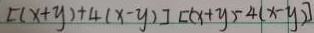
[ ( x + y ) + 4 ( x - y ) ] [ ( x + y ) - 4 ( x - y ) ]